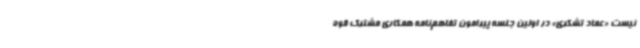
نیست «عماد تشکری» در اولین جلسه پیرامون تفاهم‌نامه همکاری مشترک قوه